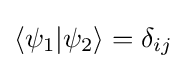
\left\langle \psi _{1}|\psi _{2}\right\rangle =\delta _{ij}